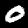
Label: 0